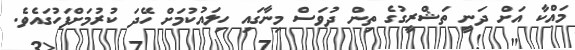
މައްކާ އަށް ދަނީ ތަޝްރީގުގެ ތިން ދުވަސް މިނާގައި ހިލައުކުމަށް ހޭދަ ކުރުމަށްފަހުގައެވެ.